Lunatic asylums in Bengal annual reports 1888-1898 - 1888-1898
Year: 1888
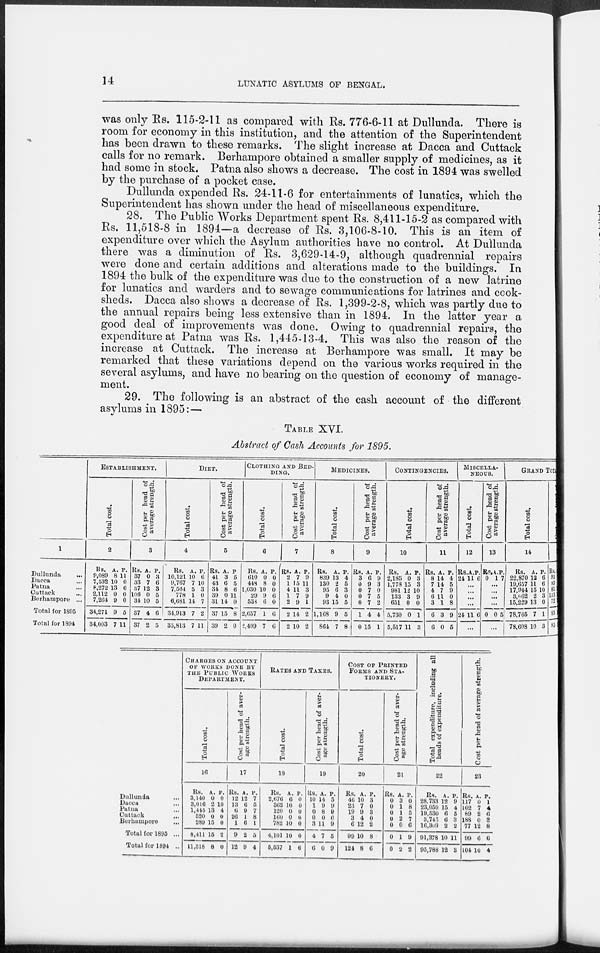
14
LUNATIC ASYLUMS OF BENGAL.
was only Rs. 115-2-11 as compared with Rs. 776-6-11 at Dullunda. There is
room for economy in this institution, and the attention of the Superintendent
has been drawn to these remarks. The slight increase at Dacca and Cuttack
calls for no remark. Berhampore obtained a smaller supply of medicines, as it
had some in stock. Patna also shows a decrease. The cost in 1894 was swelled
by the purchase of a pocket case.
Dullunda expended Rs. 24-11-6 for entertainments of lunatics, which the
Superintendent has shown under the head of miscellaneous expenditure.
28. The Public Works Department spent Rs. 8,411-15-2 as compared with
Rs. 11,518-8 in 1894—a decrease of Rs. 3,106-8-10. This is an item of
expenditure over which the Asylum authorities have no control. At Dullunda
there was a diminution of Rs. 3,629-14-9, although quadrennial repairs
were done and certain additions and alterations made to the buildings. In
1894 the bulk of the expenditure was due to the construction of a new latrine
for lunatics and warders and to sewage communications for latrines and cook-
sheds. Dacca also shows a decrease of Rs. 1,399-2-8, which was partly due to
the annual repairs being less extensive than in 1894. In the latter year a
good deal of improvements was done. Owing to quadrennial repairs, the
expenditure at Patna was Rs. 1,445-13-4. This was also the reason of the
increase at Cuttack. The increase at Berhampore was small. It may be
remarked that these variations depend on the various works required in the
several asylums, and have no bearing on the question of economy of manage-
ment.
29. The following is an abstract of the cash account of the different
asylums in 1895:—
TABLE XVI.
Abstract of Cash Accounts for 1895.
1
Dullunda
...
Dacca ...
Patna ...
Cuttack ...
Berhampore ...
Total for 1895
Total for 1894
ESTABLISHMENT.
Total cost.
2
Rs.
9,089
7,532
8,272
2,112
7,264
34,271
34,003
A.
8
10
13
0
9
9
7
P.
11
0
6
0
0
5
11
Cost per head of
average strength.
3
Rs.
37
33
37
106
34
37
37
A.
0
7
12
0
10
4
2
P.
3
6
3
5
5
6
5
DIET.
Total cost.
4
Rs.
10,121
9,767
7,564
778
6,681
34,913
35,813
A.
10
7
5
1
14
7
7
P.
6
10
3
0
7
2
11
Cos t per head of
average strength.
5
Rs.
41
43
31
39
31
37
39
A.
3
6
8
0
14
15
2
P.
5
5
6
11
0
8
0
CLOTHING AND BED-
----.
Total cost.
6
Rs.
610
448
1,030
29
538
2,657
2,409
A.
0
8
10
9
6
1
7
P.
0
0
0
6
0
6
6
Cost per head of
average strength.
7
Rs.
2
1
4
1
2
2
2
A.
7
15
11
7
9
14
10
P.
9
11
3
9
1
2
2
MEDICINES.
Total cost.
8
Rs.
839
130
95
9
93
1,168
864
A.
13
2
6
4
15
9
7
P.
4
5
3
0
5
5
8
Cost per head of
average strength.
9
Rs.
3
0
0
0
0
1
0
A.
6
9
7
7
7
4
15
P.
9
3
0
5
2
4
1
CONTINGENCIES.
Total cost.
10
Rs.
2,185
1,778
981
133
651
5,730
5,517
A.
0
15
12
3
0
0
11
P.
3
3
10
9
0
1
3
Cost per head of
average strength.
11
Rs.
8
7
4
6
3
6
6
A.
14
14
7
11
1
3
0
P.
4
5
9
0
8
9
5
MISCELLA-
NEOUS.
Total cost.
12
Rs.
24
A.
11
P.
6
...
...
...
...
24 11 6
...
Cost per head of
average strength.
13
Rs.
0
A.
1
P.
7
...
...
...
...
0 0 5
...
GRAND TOTAL.
Total cost.
14
Rs.
22,870
19,657
17,944
3,062
15,229
78,765
78,608
A.
12
11
15
2
13
7
10
P.
6
6
10
3
0
1
3
Rs.
93
87
81
153
72
85
85
Dullunda ...
Dacca ...
Patna ...
Cuttack ...
Berhampore ...
Total for 1895 ...
Total for 1894 ...
CHARGES ON ACCOUNT
OF WORKS DONE BY
THE PUBLIC WORKS
DEPARTMENT.
Total cost.
16
Rs.
3,140
3,016
1,445
520
289
8,411
11,518
A.
0
2
13
0
15
15
8
P.
0
10
4
0
0
2
0
Cost per head of aver-
age strength.
17
Rs.
12
13
6
26
1
9
12
A.
12
6
9
1
6
2
9
P.
7
5
7
8
1
5
4
RATES AND TAXES.
Total cost.
18
Rs.
2,676
362
120
160
782
4,101
5,537
A.
6
10
0
0
10
10
1
P.
0
0
0
0
0
0
6
Cost per head of aver-
age strength.
19
Rs.
10
1
0
0
3
4
6
A.
14
9
8
0
11
7
0
P.
5
9
9
6
9
5
9
COST OF PRINTED
FORMS AND STA-
-------.
Total cost.
20
Rs.
46
23
19
3
6
99
124
A.
10
7
9
4
12
10
8
P.
3
0
3
0
2
8
6
Cost per head of aver-
age strength.
21
Rs.
0
0
0
0
0
0
0
A.
3
1
1
2
0
1
2
P.
0
8
5
7
6
9
2
Total expenditure, including all
heads of expenditure.
22
Rs.
28,733
23,059
19,530
3,745
16,309
91,378
95,788
A.
12
15
6
6
2
10
12
P.
9
4
5
3
2
11
3
Cost per head of average strength.
23
Rs.
117
102
89
188
77
99
104
A.
0
7
2
0
12
6
10
P.
1
4
6
8
8
6
4